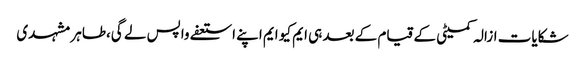
شکایات ازالہ کمیٹی کے قیام کے بعد ہی ایم کیو ایم اپنے استعفے واپس لے گی،طاہر مشہدی